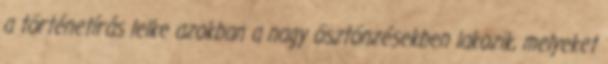
a történetírás lelke azokban a nagy ösztönzésekben lakozik, melyeket